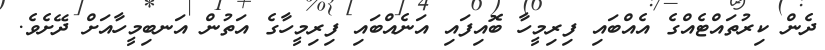
ދެން ކިރުތައްޓެއްގެ އެއްބައި ފިރިމީހާ ބޮއިފައި އަނެއްބައި ފިރިމީހާގެ އަތުން އަނބިމީހާއަށް ދޭށެވެ.